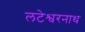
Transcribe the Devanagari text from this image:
लटेश्वरनाथ